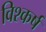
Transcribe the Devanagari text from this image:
विश्कर्ष